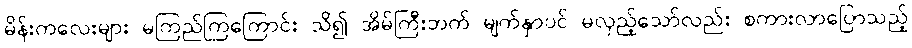
မိန်းကလေးများ မကြည်ကြကြောင်း သိ၍ အိမ်ကြီးဘက် မျက်နှာပင် မလှည့်သော်လည်း စကားလာပြောသည့်